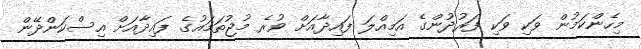
މިހެންކަމުން ވަކި ވަކި ފަރުދުންގެ އަމިއްލަ ފައިދާއަށް ވުރެ މުޖުތަމައުގެ ފައިދާއަށް އިސްކަންދޭން